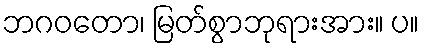
ဘဂဝတော၊ မြတ်စွာဘုရားအား။ ပ။